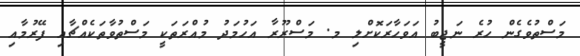
މަސްތުވެގެން ހުރެ ނަޖީބު އަވަހާރަކޮށްލި މ. މަސްރޫރާ އަހުމަދު މުއްރަތަކީ މަސްތުވާތަކެއްޗާއި ފޭރުމާއި